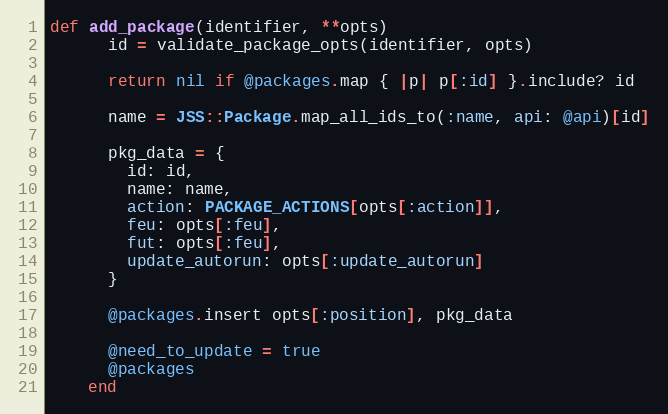
Language: Ruby
def add_package(identifier, **opts)
      id = validate_package_opts(identifier, opts)

      return nil if @packages.map { |p| p[:id] }.include? id

      name = JSS::Package.map_all_ids_to(:name, api: @api)[id]

      pkg_data = {
        id: id,
        name: name,
        action: PACKAGE_ACTIONS[opts[:action]],
        feu: opts[:feu],
        fut: opts[:feu],
        update_autorun: opts[:update_autorun]
      }

      @packages.insert opts[:position], pkg_data

      @need_to_update = true
      @packages
    end